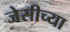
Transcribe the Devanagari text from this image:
जेसीच्या